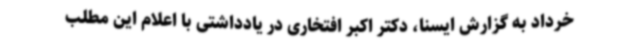
خرداد به گزارش ایسنا، دکتر اکبر افتخاری در یادداشتی با اعلام این مطلب